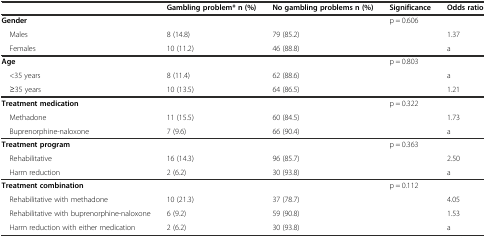
|  | Gambling problem* n (%) | No gambling problems n (%) | Significance | Odds ratio |
 | --- | --- | --- | --- | --- |
 | Gender |  |  | p = 0.606 |  |
 | Males | 8 (14.8) | 79 (85.2) |  | 1.37 |
 | Females | 10 (11.2) | 46 (88.8) |  | a |
 | Age |  |  | p = 0.803 |  |
 | <35 years | 8 (11.4) | 62 (88.6) |  | a |
 | ≥35 years | 10 (13.5) | 64 (86.5) |  | 1.21 |
 | Treatment medication |  |  | p = 0.322 |  |
 | Methadone | 11 (15.5) | 60 (84.5) |  | 1.73 |
 | Buprenorphine-naloxone | 7 (9.6) | 66 (90.4) |  | a |
 | Treatment program |  |  | p = 0.363 |  |
 | Rehabilitative | 16 (14.3) | 96 (85.7) |  | 2.50 |
 | Harm reduction | 2 (6.2) | 30 (93.8) |  | a |
 | Treatment combination |  |  | p = 0.112 |  |
 | Rehabilitative with methadone | 10 (21.3) | 37 (78.7) |  | 4.05 |
 | Rehabilitative with buprenorphine-naloxone | 6 (9.2) | 59 (90.8) |  | 1.53 |
 | Harm reduction with either medication | 2 (6.2) | 30 (93.8) |  | a |